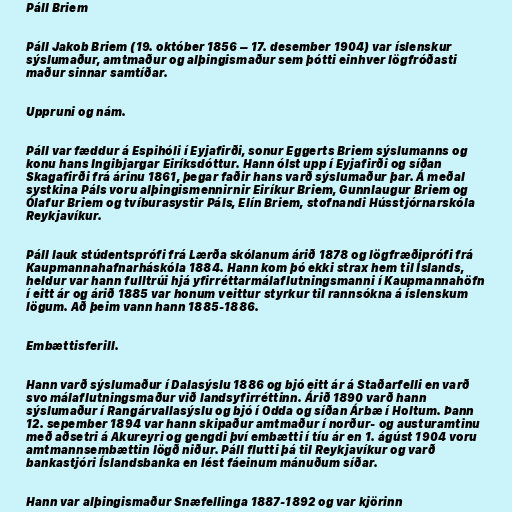
Páll Briem

Páll Jakob Briem (19. október 1856 – 17. desember 1904) var íslenskur
sýslumaður, amtmaður og alþingismaður sem þótti einhver lögfróðasti
maður sinnar samtíðar.

Uppruni og nám.

Páll var fæddur á Espihóli í Eyjafirði, sonur Eggerts Briem sýslumanns og
konu hans Ingibjargar Eiríksdóttur. Hann ólst upp í Eyjafirði og síðan
Skagafirði frá árinu 1861, þegar faðir hans varð sýslumaður þar. Á meðal
systkina Páls voru alþingismennirnir Eiríkur Briem, Gunnlaugur Briem og
Ólafur Briem og tvíburasystir Páls, Elín Briem, stofnandi Hússtjórnarskóla
Reykjavíkur.

Páll lauk stúdentsprófi frá Lærða skólanum árið 1878 og lögfræðiprófi frá
Kaupmannahafnarháskóla 1884. Hann kom þó ekki strax hem til Íslands,
heldur var hann fulltrúi hjá yfirréttarmálaflutningsmanni í Kaupmannahöfn
í eitt ár og árið 1885 var honum veittur styrkur til rannsókna á íslenskum
lögum. Að þeim vann hann 1885-1886.

Embættisferill.

Hann varð sýslumaður í Dalasýslu 1886 og bjó eitt ár á Staðarfelli en varð
svo málaflutningsmaður við landsyfirréttinn. Árið 1890 varð hann
sýslumaður í Rangárvallasýslu og bjó í Odda og síðan Árbæ í Holtum. Þann
12. sepember 1894 var hann skipaður amtmaður í norður- og austuramtinu
með aðsetri á Akureyri og gengdi því embætti í tíu ár en 1. ágúst 1904 voru
amtmannsembættin lögð niður. Páll flutti þá til Reykjavíkur og varð
bankastjóri Íslandsbanka en lést fáeinum mánuðum síðar.

Hann var alþingismaður Snæfellinga 1887-1892 og var kjörinn